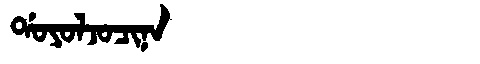
Manchu: ᡩᠣᠶᠣᠯᠵᠣᠴᡳᠨᠠ
Romanization: DOYOLJOCINA